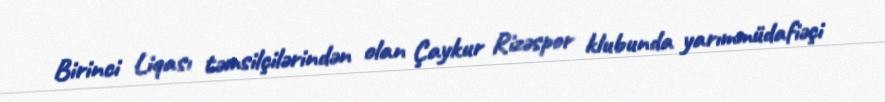
Birinci Liqası təmsilçilərindən olan Çaykur Rizəspor klubunda yarımmüdafiəçi